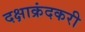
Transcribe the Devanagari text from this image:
दक्षाक्रंदकरी